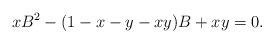
LaTeX: \begin{align*} xB^2-(1-x-y-xy)B+xy=0.\end{align*}